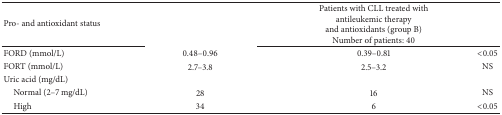
<table><thead><tr><td><b>Pro- and antioxidant status</b></td><td>[EMPTY_CELL]</td><td><b>Patients with CLL treated with antileukemic therapy and antioxidants (group B)Number of patients: 40</b></td><td>[EMPTY_CELL]</td></tr></thead><tbody><tr><td>FORD (mmol/L)</td><td>0.48–0.96</td><td>0.39–0.81</td><td>&lt;0.05</td></tr><tr><td>FORT (mmol/L)</td><td>2.7–3.8</td><td>2.5–3.2</td><td>NS</td></tr><tr><td>Uric acid (mg/dL)</td><td>[EMPTY_CELL]</td><td>[EMPTY_CELL]</td><td>[EMPTY_CELL]</td></tr><tr><td> Normal (2–7 mg/dL)</td><td>28</td><td>16</td><td>NS</td></tr><tr><td> High</td><td>34</td><td>6</td><td>&lt;0.05</td></tr></tbody></table>